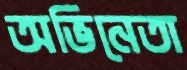
অভিনেতা